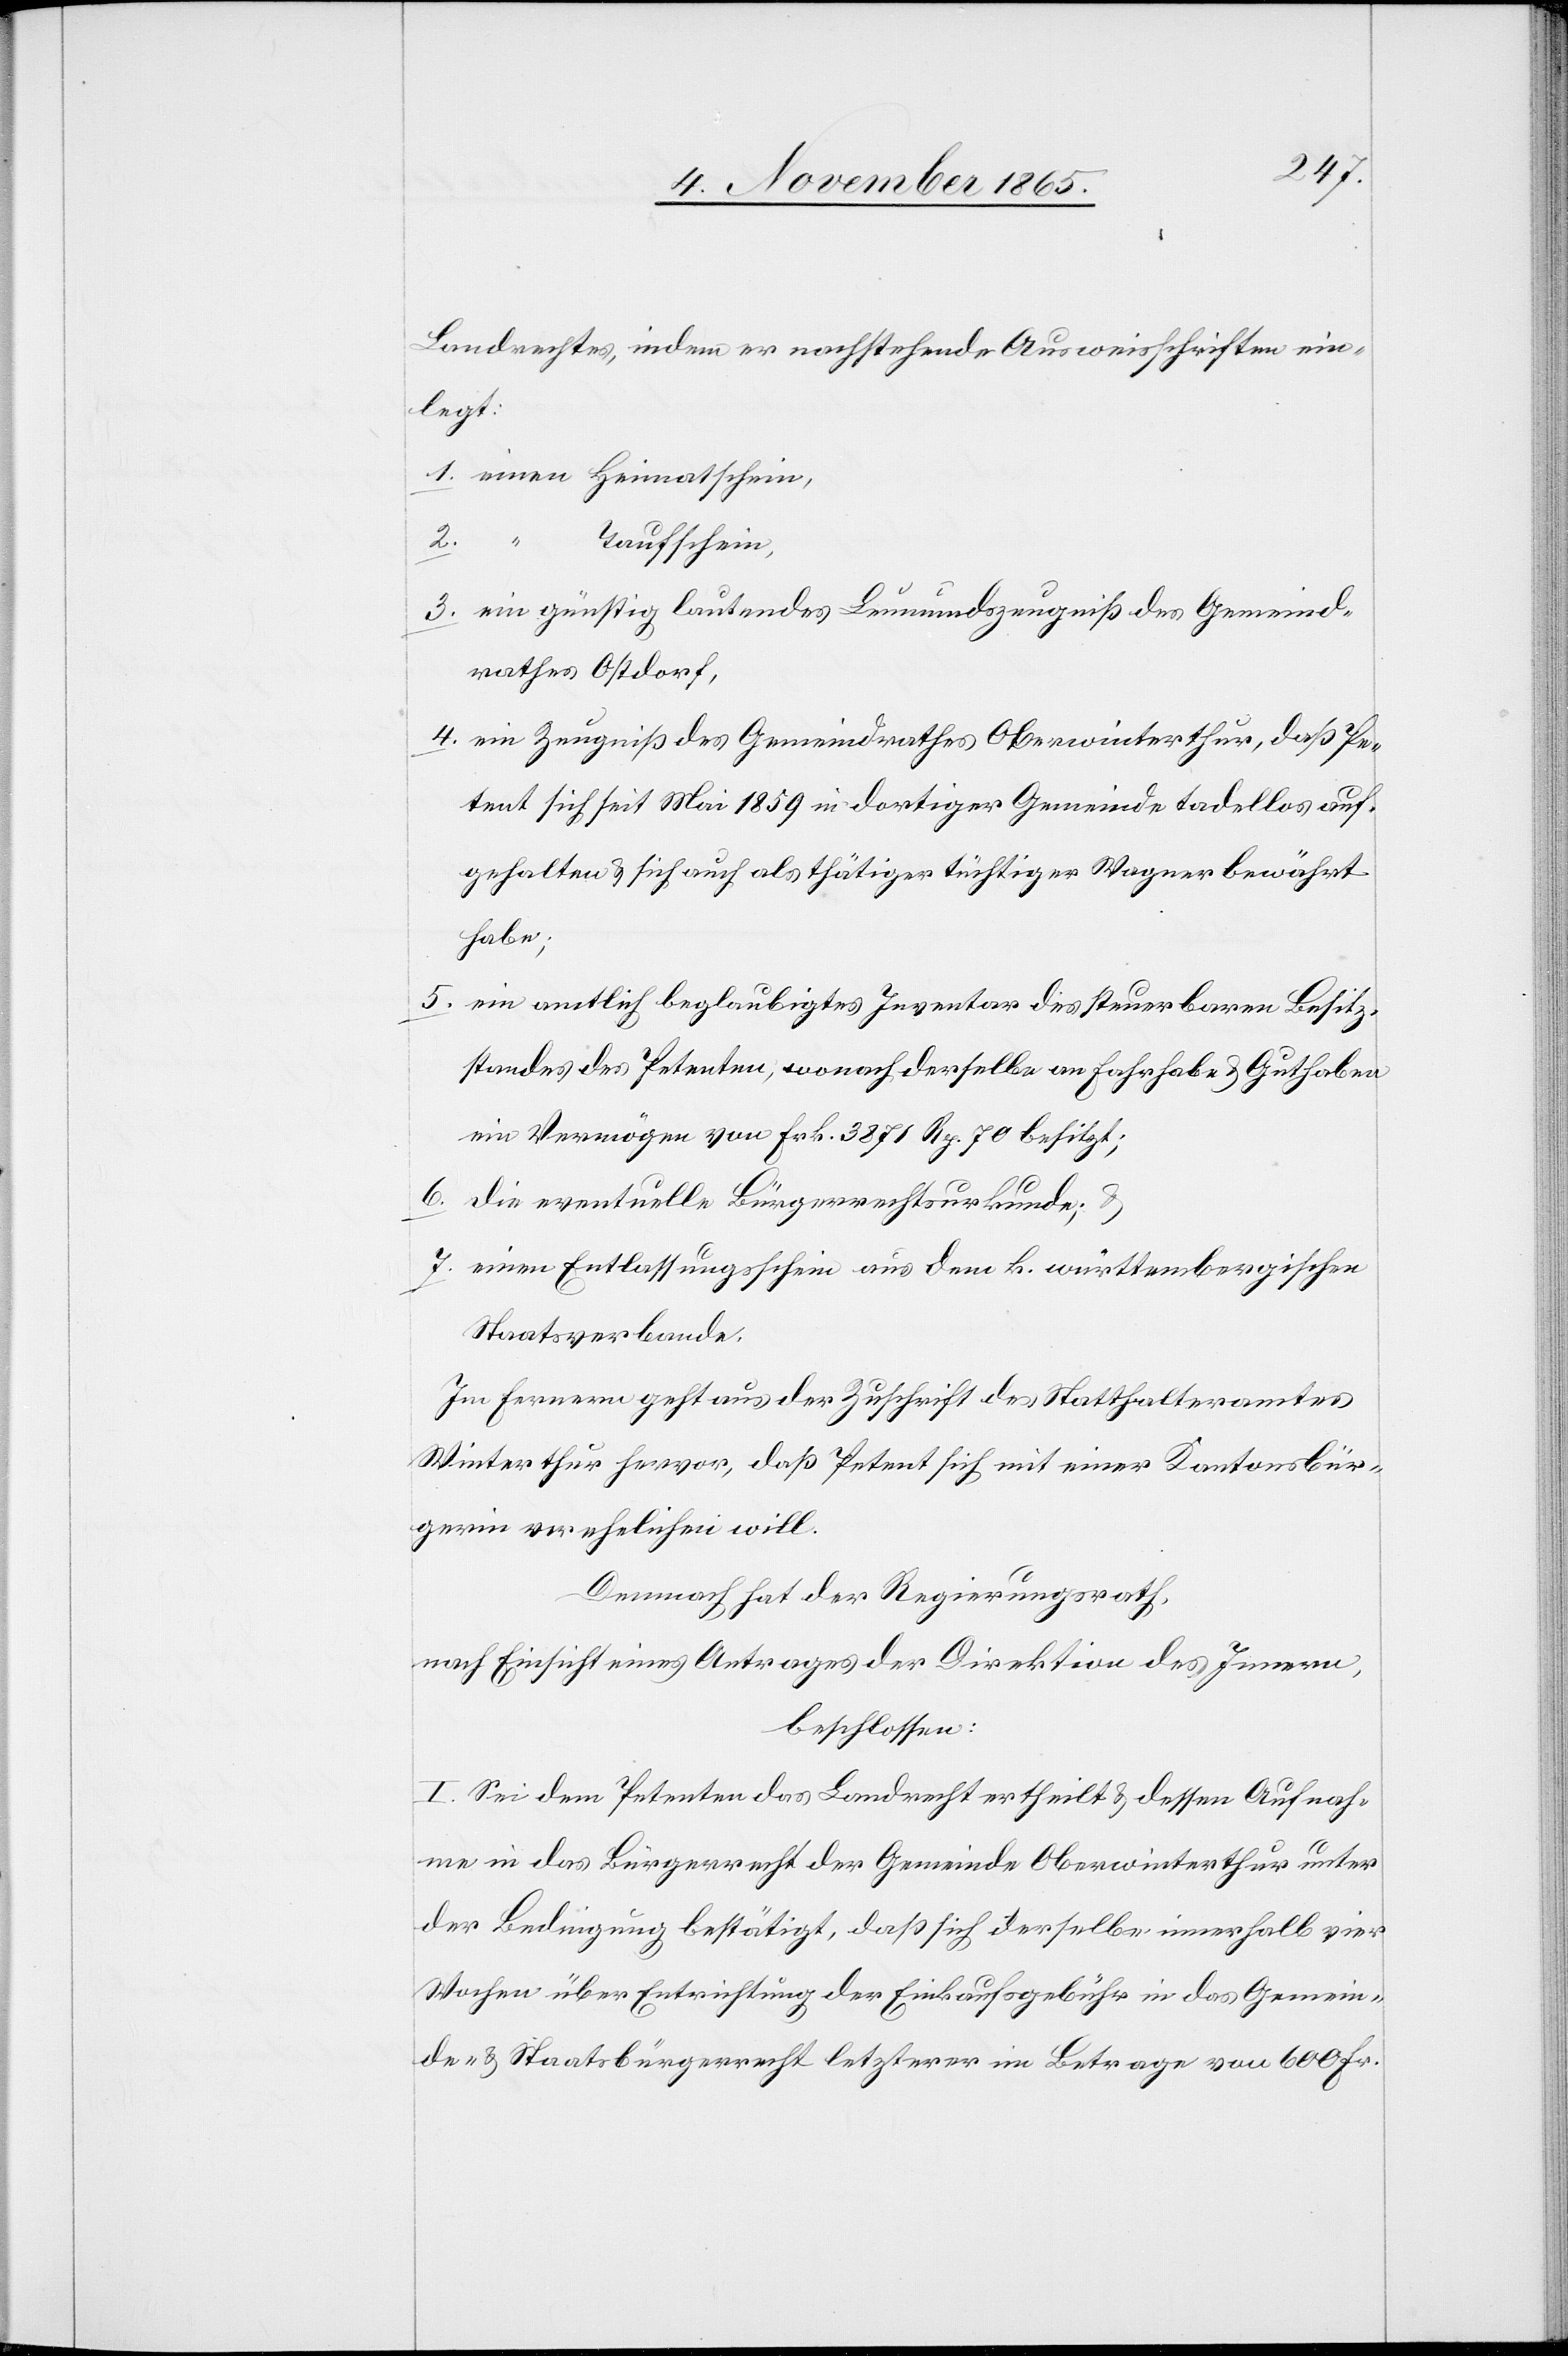
Landrechtes, indem er nachstehende Ausweisschriften ein¬
legt:
1. einen Heimatschein,
2.
“ Taufschein,
3. ein günstig lautendes Leumundszeugniß des Gemeind¬
rathes Ostdorf,
4. ein Zeugniß des Gemeindrathes Oberwinterthur, daß Pe¬
tent sich seit Mai 1859 in dortiger Gemeinde tadellos auf¬
gehalten & sich auch als thätiger tüchtiger Wagner bewährt
habe;
5. ein amtlich beglaubigtes Inventar des steuerbaren Besitz¬
standes des Petenten, wonach derselbe an Fahrhabe & Guthaben
ein Vermögen von Frk. 3871 Rp. 70 besitzt;
6. die eventuelle Bürgerrechtsurkunde; &
7. einen Entlassungsschein aus dem k. württembergischen
Staatsverbande.
Im Fernern geht aus der Zuschrift des Statthalteramtes
Winterthur hervor, daß Petent sich mit einer Kantonsbür¬
gerin verehelichen will.
Demnach hat der Regierungsrath,
nach Einsicht eines Antrages der Direktion des Innern,
beschlossen:
I. Sei dem Petenten das Landrecht ertheilt & dessen Aufnah¬
me in das Bürgerrecht der Gemeinde Oberwinterthur unter
der Bedingung bestätigt, daß sich derselbe innerhalb vier
Wochen über Entrichtung der Einkaufsgebühr in das Gemein¬
de- & Staatsbürgerrecht[,] letzterer im Betrage von 600 Fr.